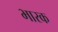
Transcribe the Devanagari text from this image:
भारक